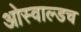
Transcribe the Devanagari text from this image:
ओस्वाल्डच